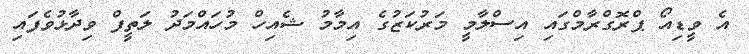
އެ ވީޑިއޯ ޕްރޮގްރާމްގައި އިސްލާމީ މަރުކަޒުގެ އިމާމު ޝެއިހް މުހައްމަދު ލަތީފް ވިދާޅުވެފައި